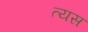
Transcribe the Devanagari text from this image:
त्यस